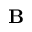
\mathbf { B }